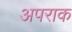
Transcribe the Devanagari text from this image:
अपराक